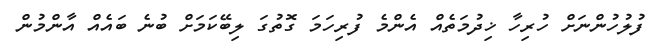
ފުލުހުންނަށް ހުރިހާ ޚިދުމަތެއް އެންމެ ފުރިހަމަ ގޮތުގަ ލިބޭކަމަށް ބުނެ ބައެއް އާންމުން